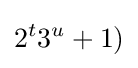
2^{t}3^{u}+1)